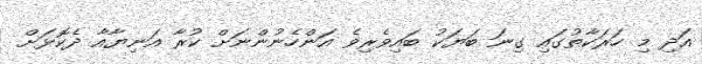
އަދި މި ހަރަކާތުގައި ގިނަ ބަޔަކު ބައިވެރިވެ އަންހެނުންނަށް ކުރާ އަނިޔާއާ ދެކޮޅަށް